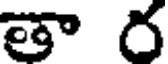
తా ర